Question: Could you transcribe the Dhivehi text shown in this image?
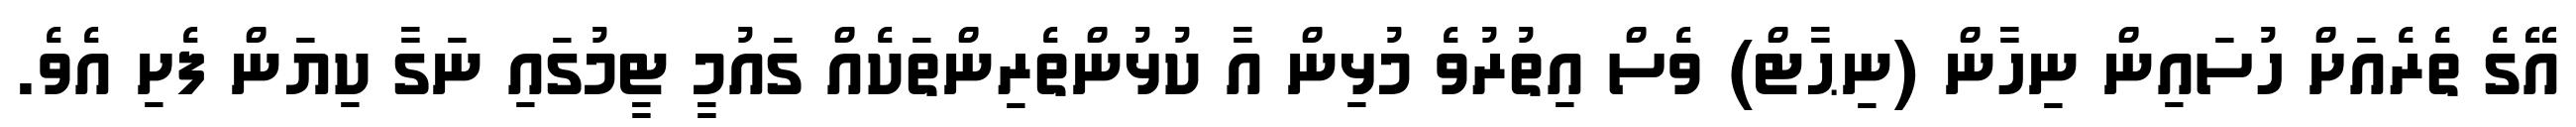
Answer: އޭގެ ތެރެއަށް ހުސައިން ނިހާން (ނިޙާޓް) ވެސް އިތުރުވެ މުޅިން އާ ކުޅުންތެރިންތަކެއް ގައުމީ ޓީމުގައި ނަގާ ކިޔަން ފެށި އެވެ.